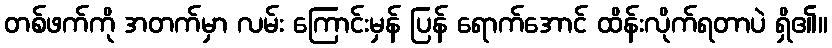
တစ်ဖက်ကို အတက်မှာ လမ်း ကြောင်းမှန် ပြန် ရောက်အောင် ထိန်းလိုက်ရတာပဲ ရှိ၏။